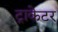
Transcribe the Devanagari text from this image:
ट्राकेटर